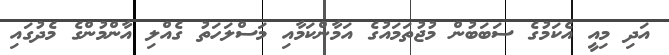
އަދި މިއީ އެކަމުގެ ސަބަބުން މުޖުތަމައުގެ އަމާންކަމާއި މަސްލަހަތު ގެއްލި އާންމުންގެ މެދުގައި